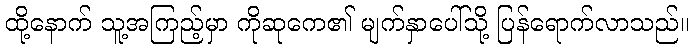
ထို့နောက် သူ့အကြည့်မှာ ကိုဆုကေ၏ မျက်နှာပေါ်သို့ ပြန်ရောက်လာသည်။